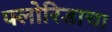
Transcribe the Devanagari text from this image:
फ्लोरिडाचा